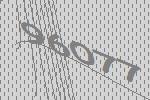
96077